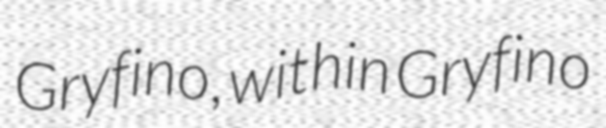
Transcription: Gryfino, within Gryfino